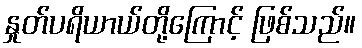
နှုတ်ပရိယာယ်တို့ကြောင့် ဖြစ်သည်။